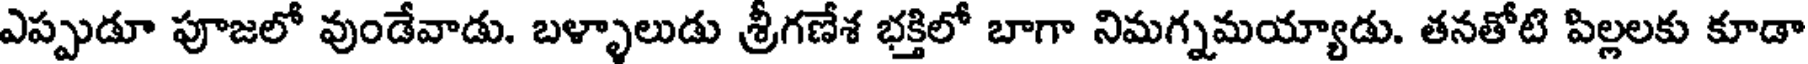
ఎప్పుడూ పూజలో వుండేవాడు. బళ్ళాలుడు శ్రీగణేశ భక్తిలో బాగా నిమగ్నమయ్యాడు. తనతోటి పిల్లలకు కూడా